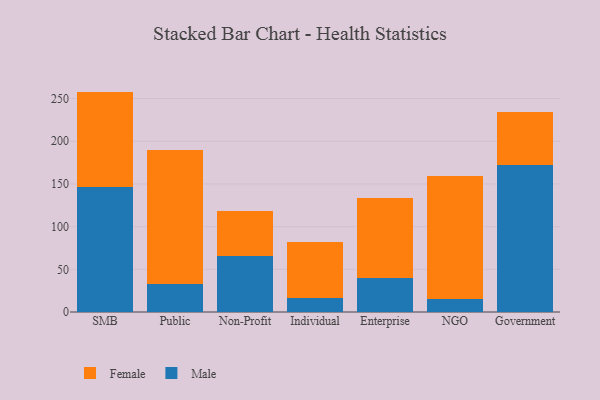
{"axis": {"x": "Segment", "y": "Backlog"}, "legend": ["Female", "Male"], "data": [{"x": "SMB", "y": 146.9, "type": "Male"}, {"x": "SMB", "y": 111.3, "type": "Female"}, {"x": "Public", "y": 32.9, "type": "Male"}, {"x": "Public", "y": 156.8, "type": "Female"}, {"x": "Non-Profit", "y": 66.1, "type": "Male"}, {"x": "Non-Profit", "y": 52.0, "type": "Female"}, {"x": "Individual", "y": 16.5, "type": "Male"}, {"x": "Individual", "y": 65.9, "type": "Female"}, {"x": "Enterprise", "y": 39.9, "type": "Male"}, {"x": "Enterprise", "y": 93.6, "type": "Female"}, {"x": "NGO", "y": 14.8, "type": "Male"}, {"x": "NGO", "y": 144.4, "type": "Female"}, {"x": "Government", "y": 172.4, "type": "Male"}, {"x": "Government", "y": 62.4, "type": "Female"}]}